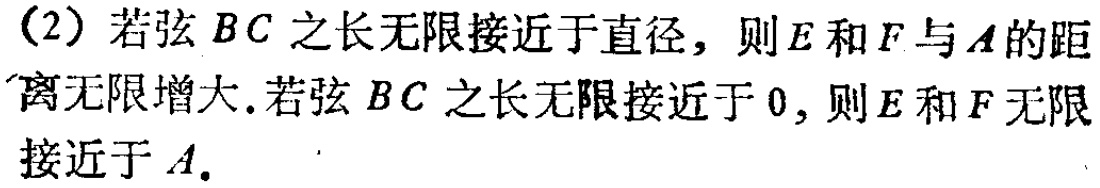
(2) 若弦 \(BC\) 之长无限接近于直径，则 \(E\) 和 \(F\) 与 \(A\) 的距离无限增大.若弦 \(BC\) 之长无限接近于 \(0\)，则 \(E\) 和 \(F\) 无限接近于 \(A\).